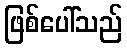
ဖြစ်ပေါ်သည်